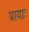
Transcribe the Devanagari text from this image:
प्रायाः